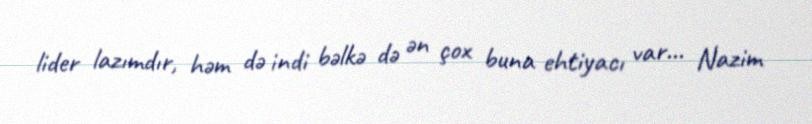
lider lazımdır, həm də indi bəlkə də ən çox buna ehtiyacı var... Nazim